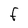
Character: F